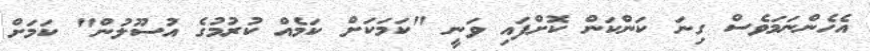
އެހެންނަމަވެސް ގިނަ ކަންކަން ކޮށްފައި ވަނީ "ކަމަކަށް ކަމެއް ކުރުމުގެ އުސޫލުން" ކަމަށް